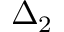
\Delta _ { 2 }